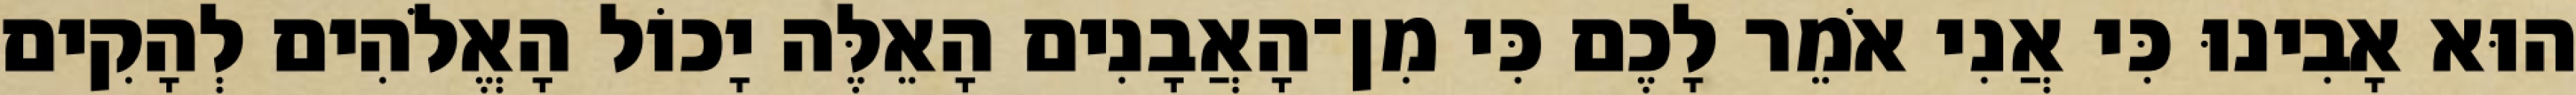
הוּא אָבִינוּ כִּי אֲנִי אֹמֵר לָכֶם כִּי מִן־הָאֲבָנִים הָאֵלֶּה יָכוֹל הָאֱלֹהִים לְהָקִים